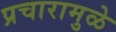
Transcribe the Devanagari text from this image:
प्रचारामुळे